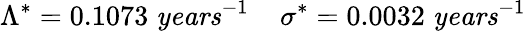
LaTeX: \Lambda^{*}=0.1073\; \textrm{\textit{years}}^{-1}\; \; \; \; \sigma^{*}=0.0032\; \textrm{\textit{years}}^{-1}